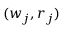
( w _ { j } , r _ { j } )